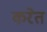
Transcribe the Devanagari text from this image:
करेत